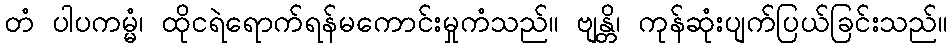
တံ ပါပကမ္မံ၊ ထိုငရဲရောက်ရန်မကောင်းမှုကံသည်။ ဗျန္တိ၊ ကုန်ဆုံးပျက်ပြယ်ခြင်းသည်။